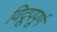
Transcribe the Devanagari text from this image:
विद्रूपपूर्ण